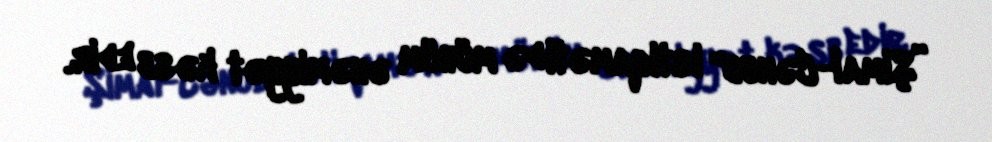
”Şimal-Cənub" istiqaməti də mühüm əhəmiyyət kəsb edir.